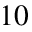
1 0